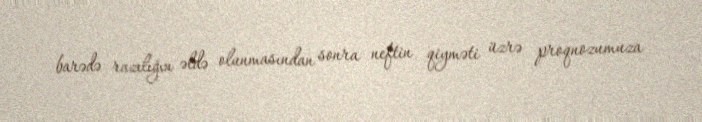
barədə razılığın əldə olunmasından sonra neftin qiyməti üzrə proqnozumuza